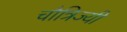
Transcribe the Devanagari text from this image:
चौत्रिज्यी